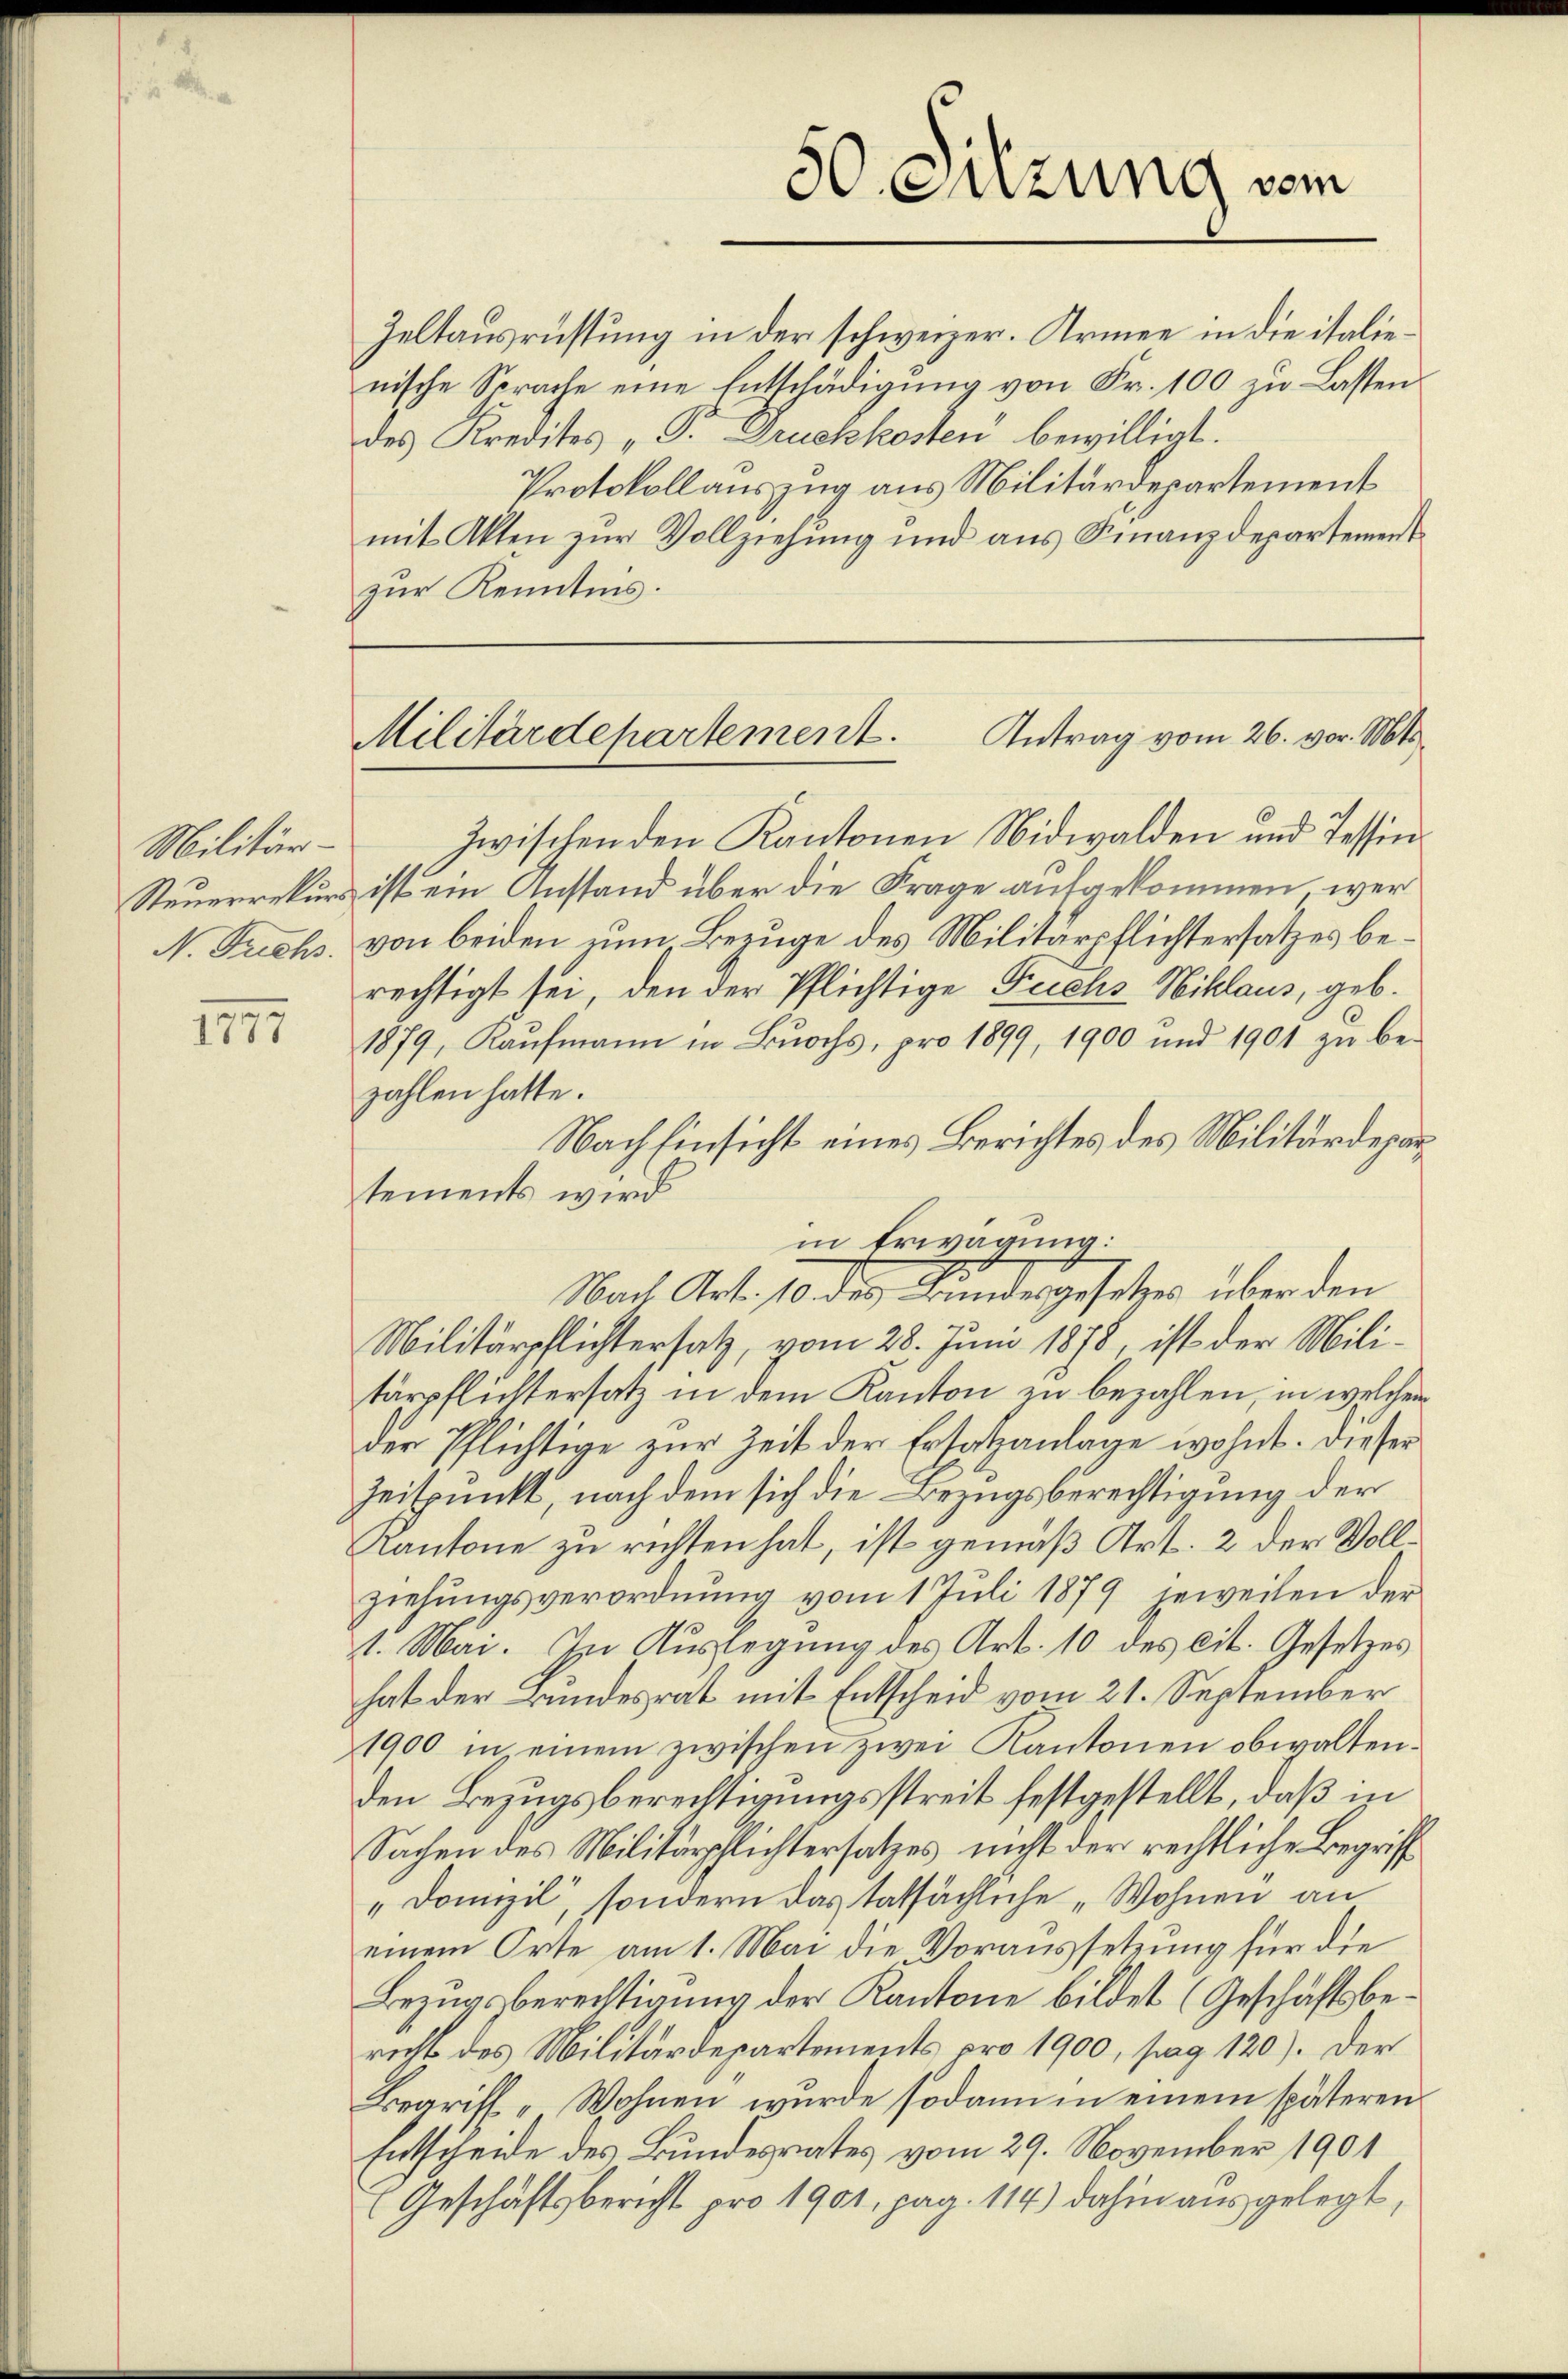
Militär-

179

50. Sitzung vom

zwischen den Kantonen Nidwalden und Tessin
Steuerrekurs ist ein Anstand über die Frage aufgekommen wer¬
N. Trichs von beiden zu Bezuge des Militärpflichtersatzes berechtigt sei, den der Pflichtige Feichs Niklaus, geb.
1879, Kaŭfmann in Bochs, pro 1899, 1900 und 1901 zŭ be-
zahlen hatte.
Nach Einsicht eines Berichtes des Militärdepartements wird
in Erwägung:
Nach Art. 10 des Kundesgesetzes über den
Militärpflichtersatz, vom 28. Juni 1878, ist der Militärpflichtersatz in dem Kanton zu bezahlen, in welchen
der Pflichtige zur Zeit der Ersatzanlage wohnt. Dieser
Zeitpunkt, nach dem sich die Bezugsberechtigung der
Kantone zu richten hat, ist gemäß Art. 2 der Vollziehungsverordnung vom 1 Juli 1879 jeweilen der
1. Mai. In Auslegung des Art. 10 des cit. Gesetzes
hat der Bundesrat mit Entscheid vom 21. September
1900 in einem zwischen zwei Kantonen obwalten.
den Bezugsberechtigungsstreit festgestellt, daß in
Sachen des Militärschlichtersatzes nicht der rechtliche Begriff
"Domizil, sondern das tatsächliche „Wohnen an
einem Orte am 1. Mai die Voraussetzung für die
Bezugsberechtigung der Kantone bildet (Geschäftsbericht des Militärdepartements pro 1900, pag. 120). Der
Begriff „Wohnen, wurde sodann in einem späteren
Entscheide des Bundesrates vom 29. November 1901
Geschäftsbericht pro 1901, pag. 114) dahin ausgelegt,

Antrag vom 26. vor. Mts.
Militärdepartement.

Zeltausrüstung in der schweizer. Armee in die italienische Sprache eine Entschädigŭng von Fr. 100 zu Lasten
des Kredites „P. Druckkosten bewilligt.
Protokollauszug aus Militärdepartement
mit Akten zur Vollziehung und aus Finanzdepartement
zur Kenntnis.